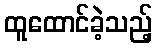
ထူထောင်ခဲ့သည့်